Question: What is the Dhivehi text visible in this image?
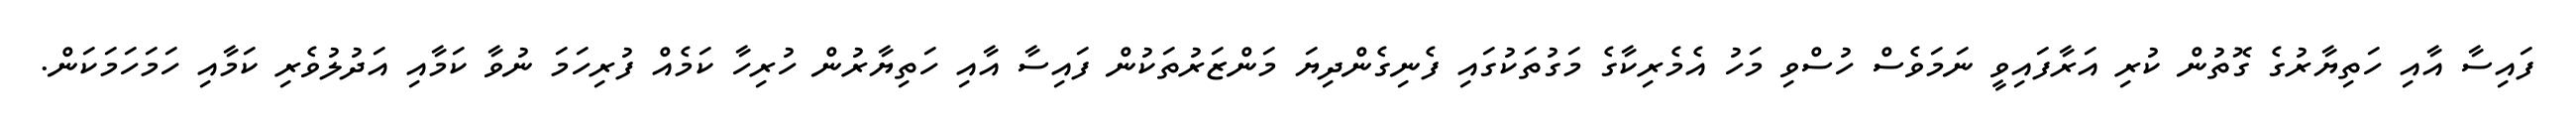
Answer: ފައިސާ އާއި ހަތިޔާރުގެ ގޮތުން ކުރި އަރާފައިވީ ނަމަވެސް ހުސްވި މަހު އެމެރިކާގެ މަގުތަކުގައި ފެނިގެންދިޔަ މަންޒަރުތަކުން ފައިސާ އާއި ހަތިޔާރުން ހުރިހާ ކަމެއް ފުރިހަމަ ނުވާ ކަމާއި އަދުލުވެރި ކަމާއި ހަމަހަމަކަން.